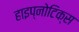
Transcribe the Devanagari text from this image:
हाइप्नोटिक्स